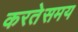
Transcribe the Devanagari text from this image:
करतेसमय